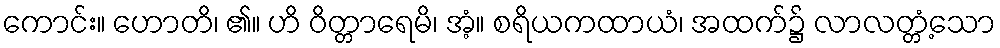
ကောင်း။ ဟောတိ၊ ၏။ ဟိ ဝိတ္တာရေမိ၊ အံ့။ စရိယကထာယံ၊ အထက်၌ လာလတ္တံ့သော